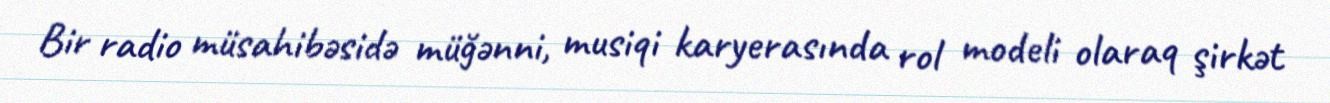
Bir radio müsahibəsidə müğənni, musiqi karyerasında rol modeli olaraq şirkət